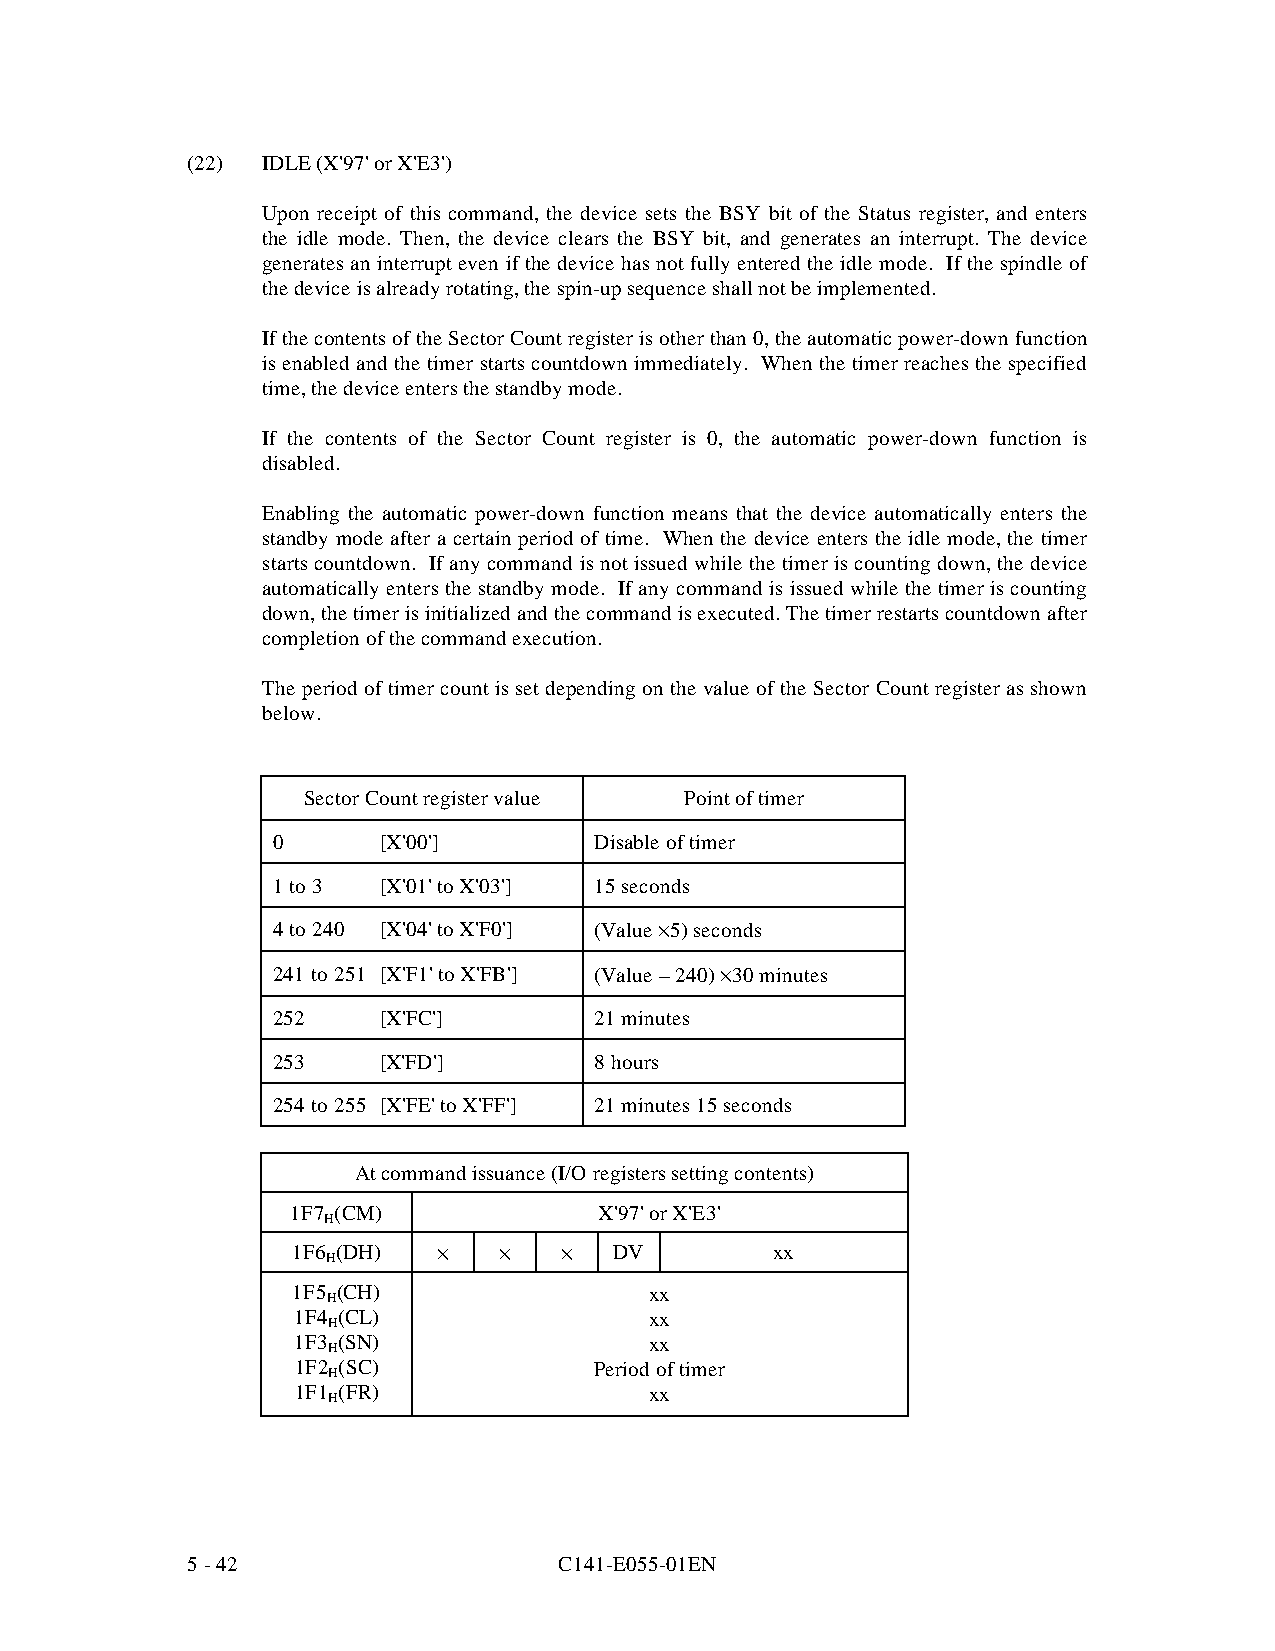
(22) IDLE (X'97' or X'E3')
 Upon receipt of this command, the device sets the BSY bit of the Status register, and enters
 the idle mode. Then, the device clears the BSY bit, and generates an interrupt. The device
 generates an interrupt even if the device has not fully entered the idle mode. If the spindle of
 the device is already rotating, the spin-up sequence shall not be implemented.
 If the contents of the Sector Count register is other than 0, the automatic power-do wn function
 is enabled and the timer starts countdown immediately. When the timer reaches the specified
 time, the device enters the standby mode.
 If the contents of the Sector Count register is 0, the automatic power-down function is
 disabled.
 Enabling the automatic power-down function means that the device automatically enters the
 standby mode after a certain period of time. When the device enters the idle mode, the timer
 starts countdown. If any command is not issued while the timer is counting down, the device
 automatically enters the standby mode. If any command is issued while the timer is counting
 down, the timer is initialized and the command is executed. The timer restarts countdown after
 completion of the command execution.
 The period of timer count is set depending on the value of the Sector Count register as shown
 below.
 Sector Count register value Point of timer
 0      [X'00']       Disable of timer
 1 to 3 [X'01' to X'03'] 15 seconds
 4 to 240 [X'04' to X'F0'] (Value · 5) seconds
 241 to 251 [X'F1' to X'FB'] (Value – 240) · 30 minutes
 252    [X'FC']       21 minutes
 253    [X'FD']       8 hours
 254 to 255 [X'FE' to X'FF'] 21 minutes 15 seconds
 At command issuance (I/O registers setting contents)
 1F7 (CM)             X'97' or X'E3'
 H
 1F6 (DH)  ·   ·   ·   DV        xx
 H
 1F5 (CH)                xx
 H
 1F4 (CL)                xx
 H
 1F3 (SN)                xx
 H
 1F2 (SC)            Period of timer
 H
 1F1 (FR)                xx
 H
 5 - 42                   C141-E055-01EN